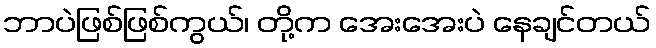
ဘာပဲဖြစ်ဖြစ်ကွယ်၊ တို့က အေးအေးပဲ နေချင်တယ်